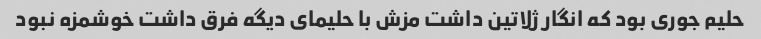
حلیم جوری بود که انگار ژلاتین داشت مزش با حلیمای دیگه فرق داشت خوشمزه نبود